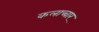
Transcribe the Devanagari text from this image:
कलाच्चार